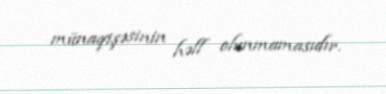
münaqişəsinin həll olunmamasıdır.